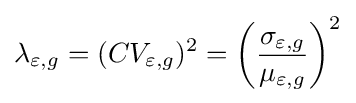
\lambda _{\varepsilon ,g}=(CV_{\varepsilon ,g})^{2}=\left({\frac {\sigma _{\varepsilon ,g}}{\mu _{\varepsilon ,g}}}\right)^{2}